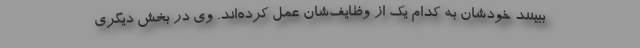
ببینند خودشان به کدام یک از وظایف‌شان عمل کرده‌اند. وی در بخش دیگری